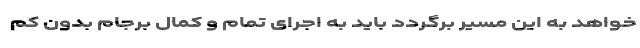
‌خواهد به این مسیر برگردد باید به اجرای تمام و کمال برجام بدون کم